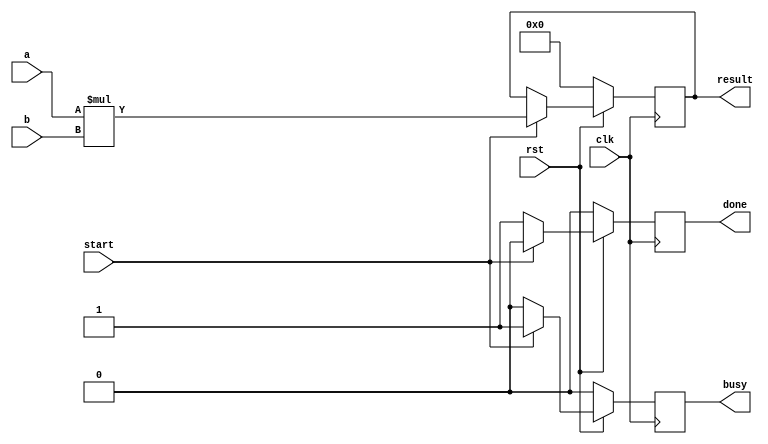
module mult #(
    parameter INT_SIZE=16
) (
    input wire clk,
    input wire rst,
    input wire [0:INT_SIZE*2-1] a,
    input wire [0:INT_SIZE*2-1] b,
    input wire start,

    output reg [0:INT_SIZE*2 - 1] result,
    output reg busy,
    output reg done
    
);

always @(posedge clk) begin
    if(~rst) begin
        result <= 0;
        done <= 0;
        busy <= 0;
    end else if(start) begin
        result <= a * b;
        done <= 0;
        busy <= 1;
    end else begin
        busy <= 0;
        done <= 1;
    end
end
endmodule